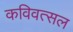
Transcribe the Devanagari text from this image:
कविवत्सल